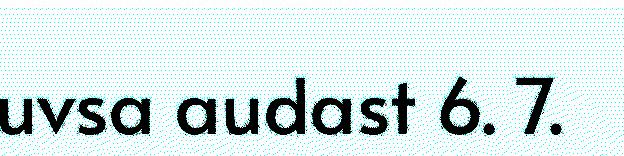
uvsa audast 6. 7.